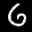
Label: 6